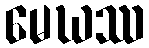
မေဃဿ